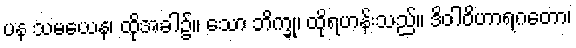
ပန သမယေန၊ ထိုအခါ၌။ သော ဘိက္ခု၊ ထိုရဟန်းသည်။ ဒိဝါဝိဟာရဂတော၊